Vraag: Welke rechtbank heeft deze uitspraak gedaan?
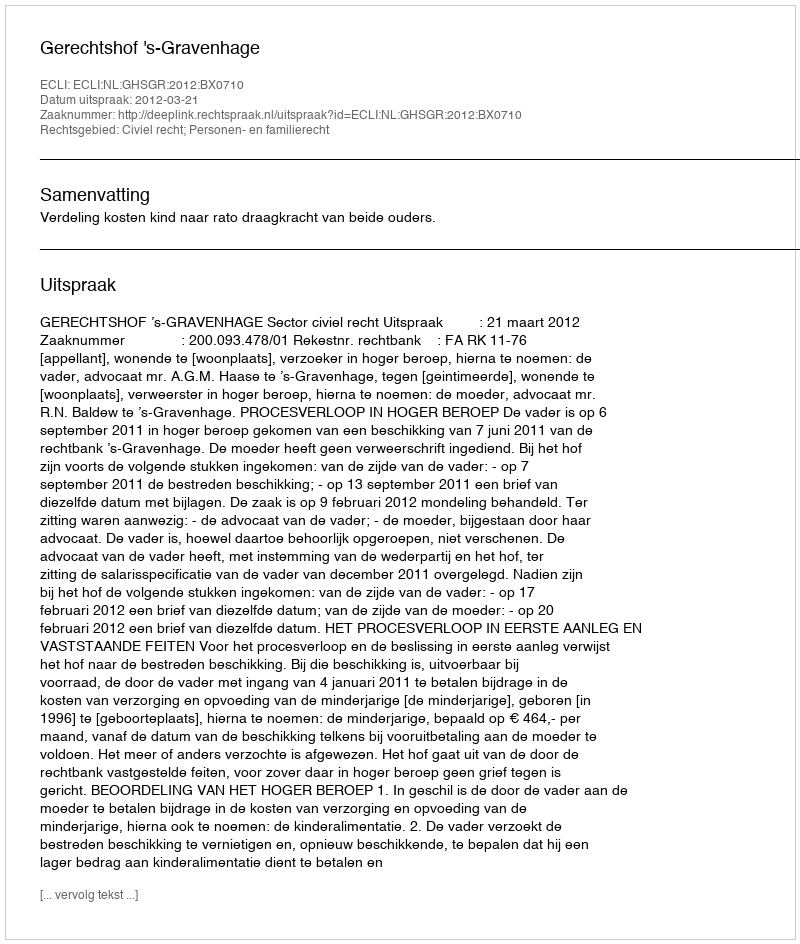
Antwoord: Gerechtshof 's-Gravenhage